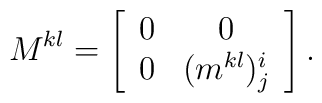
M^{kl} = \left[ \begin{array}{cc} 0 & 0 \\ 0 & (m^{kl})_j^i\end{array} \right].